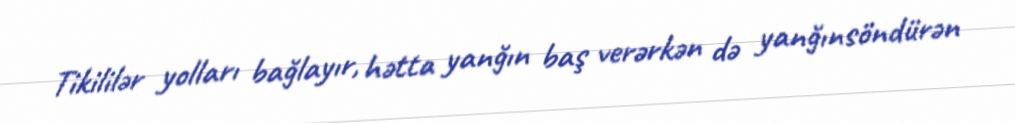
Tikililər yolları bağlayır, hətta yanğın baş verərkən də yanğınsöndürən